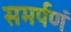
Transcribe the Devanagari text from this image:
समर्पणं